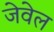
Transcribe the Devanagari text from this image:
जेवेल